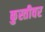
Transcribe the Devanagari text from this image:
कुस्तीवर